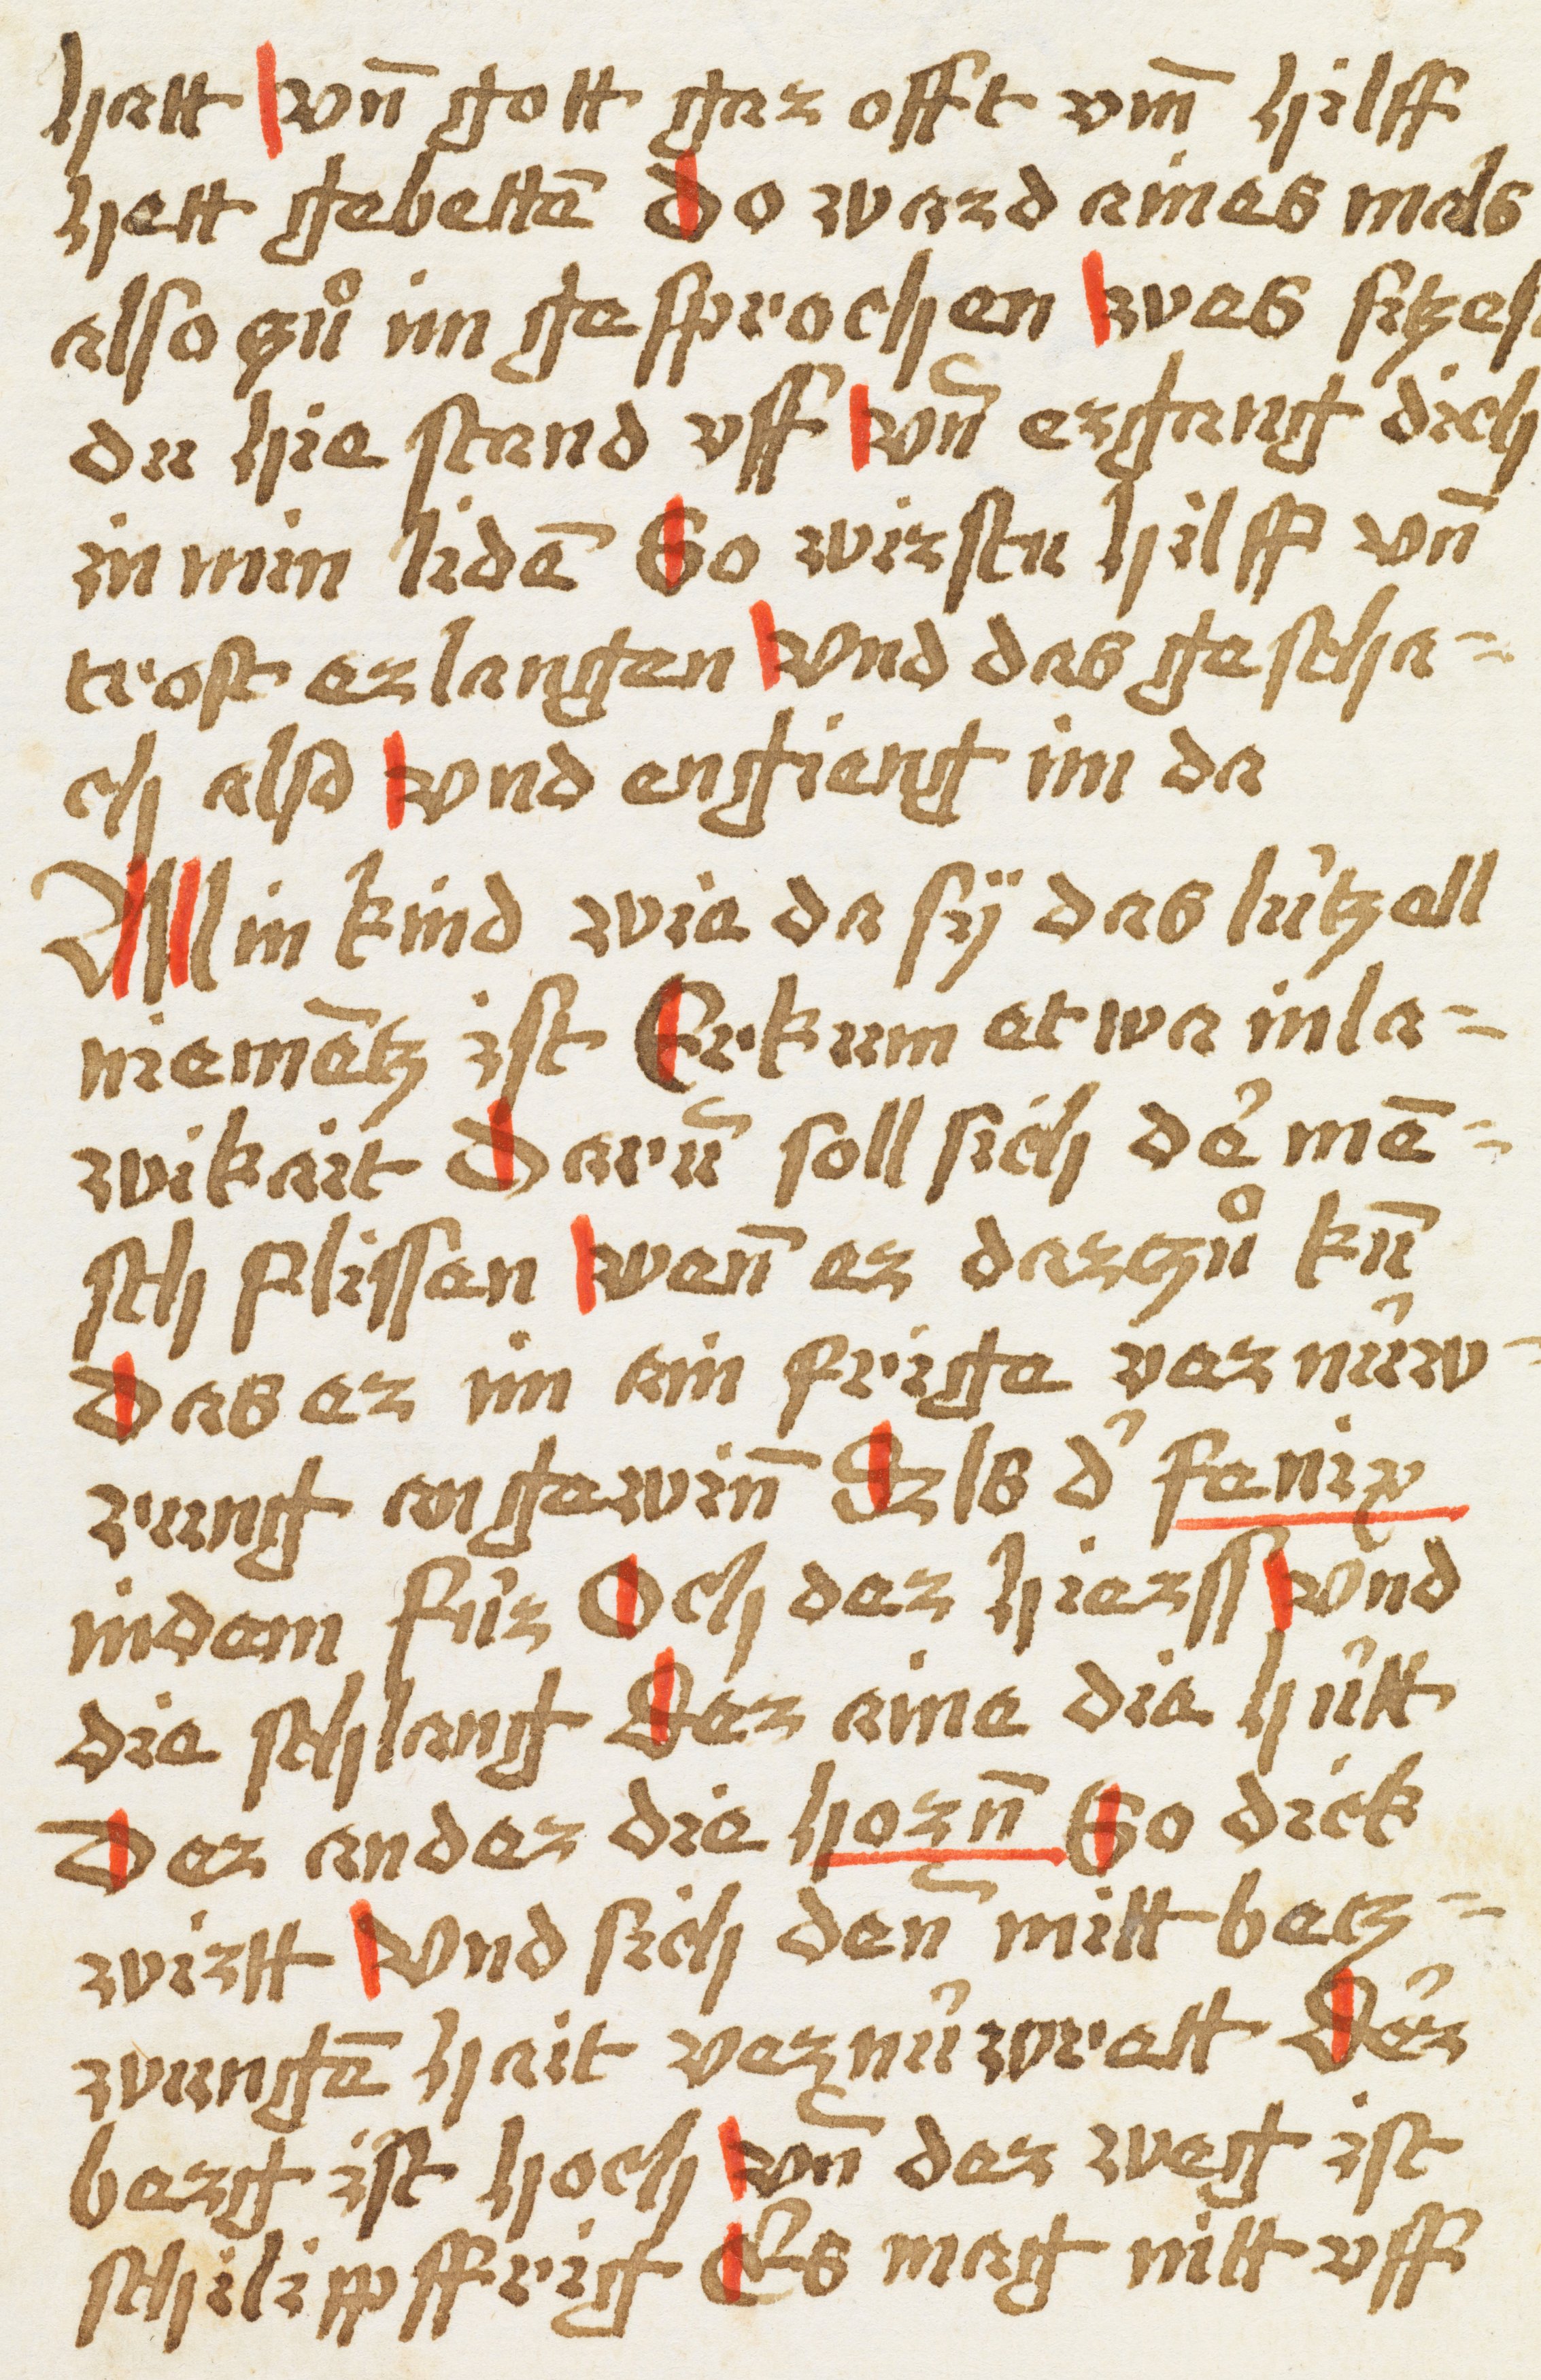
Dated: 1450–1499